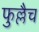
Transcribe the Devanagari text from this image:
फुल्लैच